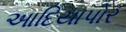
આદિયાપોર